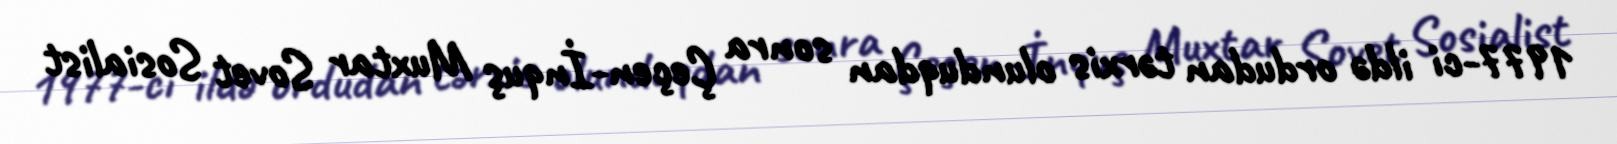
1977-ci ildə ordudan tərxis olunduqdan sonra Çeçen-İnquş Muxtar Sovet Sosialist